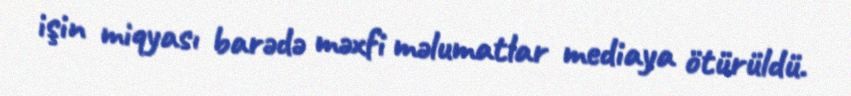
işin miqyası barədə məxfi məlumatlar mediaya ötürüldü.